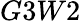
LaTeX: G3W2